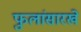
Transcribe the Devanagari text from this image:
फुलांसारखे